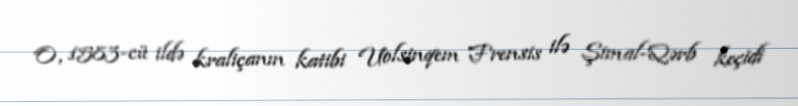
O, 1583-cü ildə kraliçanın katibi Uolsinqem Frensis ilə Şimal-Qərb keçidi